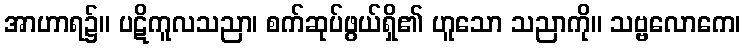
အာဟာရ၌။ ပဋိကူလသညာ၊ စက်ဆုပ်ဖွယ်ရှိ၏ ဟူသော သညာကို။ သဗ္ဗလောကေ၊